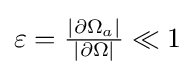
{\textstyle \varepsilon ={\frac {|\partial \Omega _{a}|}{|\partial \Omega |}}\ll 1}